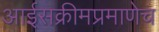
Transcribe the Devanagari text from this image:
आईसक्रीमप्रमाणेच